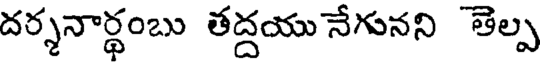
దర్శనార్థంబు తద్దయు నేగునని తెల్ప